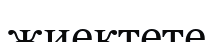
жиектете